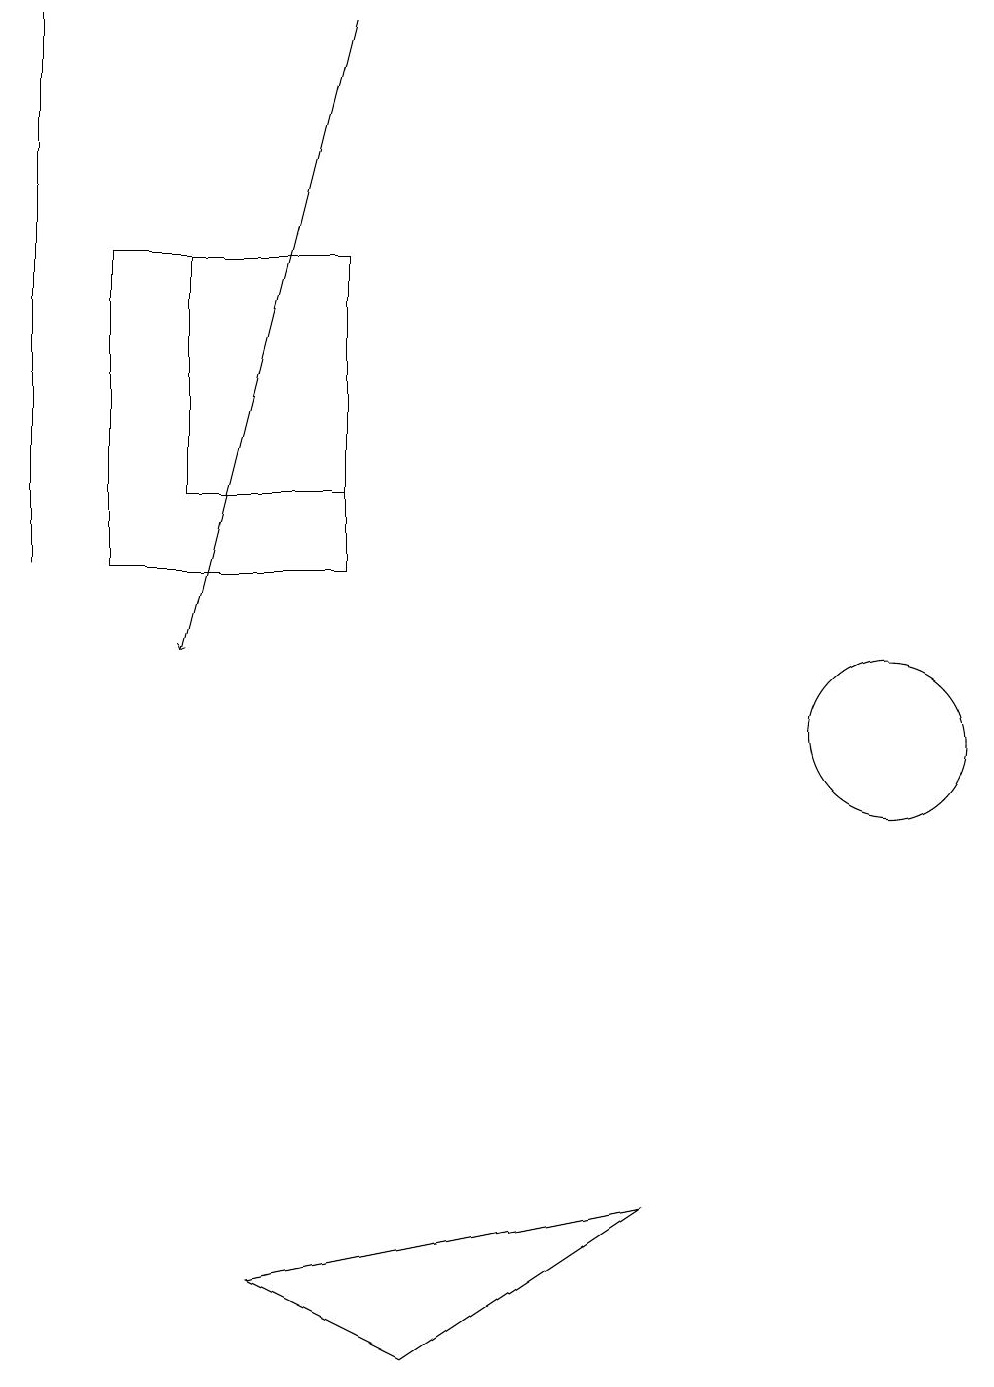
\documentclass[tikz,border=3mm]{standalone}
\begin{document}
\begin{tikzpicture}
\draw (0,19) rectangle (0,12);
\draw (1,12) rectangle (4,16);
\draw (4,16) rectangle (2,13);
\draw (11,10) circle (1);
\draw (3,3) -- (5,2) -- (8,4) -- cycle;
\draw[->] (4,19) -- (2,11);
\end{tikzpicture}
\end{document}